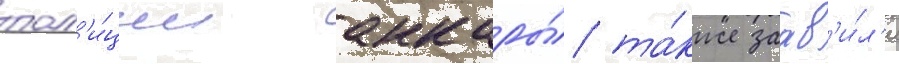
пол'и́ции анкары́ та́кже заав'и́л'и